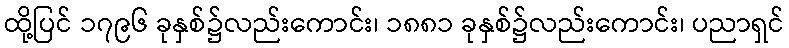
ထို့ပြင် ၁၇၉၆ ခုနှစ်၌လည်းကောင်း၊ ၁၈၈၁ ခုနှစ်၌လည်းကောင်း၊ ပညာရှင်